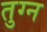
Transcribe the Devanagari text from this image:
तुग्न